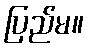
ပြည်မ။